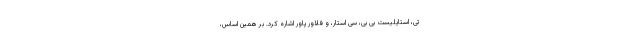
تی، استایلیست بی بی، سی استار، و فلاور پاور اشاره کرد. بر همین اساس،